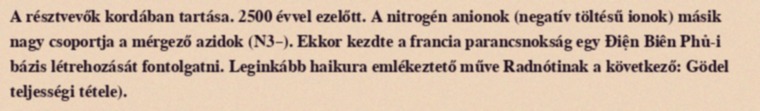
A résztvevők kordában tartása. 2500 évvel ezelőtt. A nitrogén anionok (negatív töltésű ionok) másik nagy csoportja a mérgező azidok (N3–). Ekkor kezdte a francia parancsnokság egy Điện Biên Phủ-i bázis létrehozását fontolgatni. Leginkább haikura emlékeztető műve Radnótinak a következő: Gödel teljességi tétele).